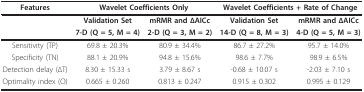
<table><thead><tr><td><b>Features</b></td><td colspan="2"><b>Wavelet Coefficients Only</b></td><td colspan="2"><b>Wavelet Coefficients + Rate of Change</b></td></tr></thead><tbody><tr><td></td><td><b>Validation Set</b></td><td><b>mRMR and ΔAICc</b></td><td><b>Validation Set</b></td><td><b>mRMR and ΔAICc</b></td></tr><tr><td></td><td><b>7-D (Q = 5, M = 4)</b></td><td><b>2-D (Q = 3, M = 2)</b></td><td><b>14-D (Q = 8, M = 3)</b></td><td><b>4-D (Q = 5, M = 3)</b></td></tr><tr><td>Sensitivity (TP)</td><td>69.8 ± 20.3%</td><td>80.9 ± 34.4%</td><td>86.7 ± 27.2%</td><td>95.7 ± 14.0%</td></tr><tr><td>Specificity (TN)</td><td>88.1 ± 20.9%</td><td>94.8 ± 15.6%</td><td>98.6 ± 7.7%</td><td>98.9 ± 6.5%</td></tr><tr><td>Detection delay (ΔT)</td><td>8.30 ± 15.33 s</td><td>3.79 ± 8.67 s</td><td>-0.68 ± 10.07 s</td><td>-2.03 ± 7.10 s</td></tr><tr><td>Optimality index (O)</td><td>0.665 ± 0.260</td><td>0.813 ± 0.247</td><td>0.915 ± 0.302</td><td>0.995 ± 0.129</td></tr></tbody></table>